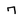
Character: 7